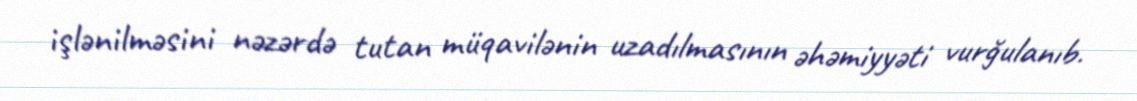
işlənilməsini nəzərdə tutan müqavilənin uzadılmasının əhəmiyyəti vurğulanıb.